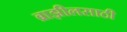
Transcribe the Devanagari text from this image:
ब्राझीलसाठी